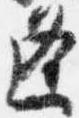
逢